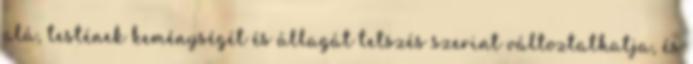
alá, testének keménységét és állagát tetszés szerint változtathatja, és